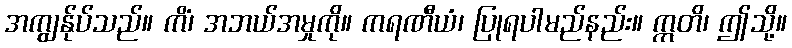
အကျွန်ုပ်သည်။ ကိံ၊ အဘယ်အမှုကို။ ကရဏီယံ၊ ပြုရပါမည်နည်း။ ဣတိ၊ ဤသို့။